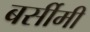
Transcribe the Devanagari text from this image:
बर्सीमी